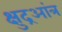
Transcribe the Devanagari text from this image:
क्षुद्रआंत्र